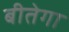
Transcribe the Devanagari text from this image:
बीतेगा